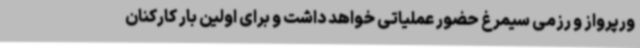
ورپرواز و رزمی سیمرغ حضور عملیاتی خواهد داشت و برای اولین بار کارکنان